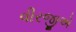
વીરજીએ